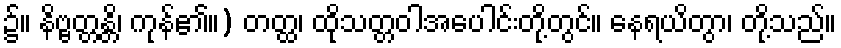
၌။ နိဗ္ဗတ္တန္တိ၊ ကုန်၏။) တတ္ထ၊ ထိုသတ္တဝါအပေါင်းတို့တွင်။ နေရယိတွာ၊ တို့သည်။